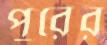
পুরের